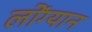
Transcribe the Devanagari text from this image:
लोंग्यान